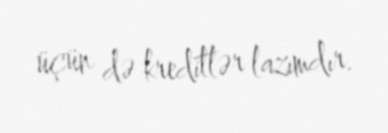
üçün də kreditlər lazımdır.